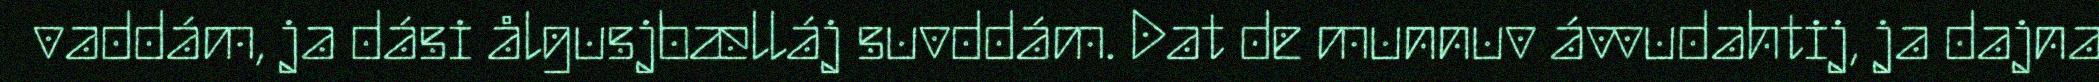
vaddám, ja dási ålgusjbælláj suvddám. Dat de munnuv ávvudahtij, ja dajna